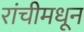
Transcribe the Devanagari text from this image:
रांचीमधून